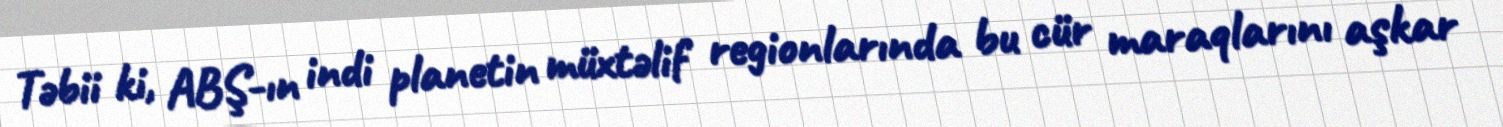
Təbii ki, ABŞ-ın indi planetin müxtəlif regionlarında bu cür maraqlarını aşkar